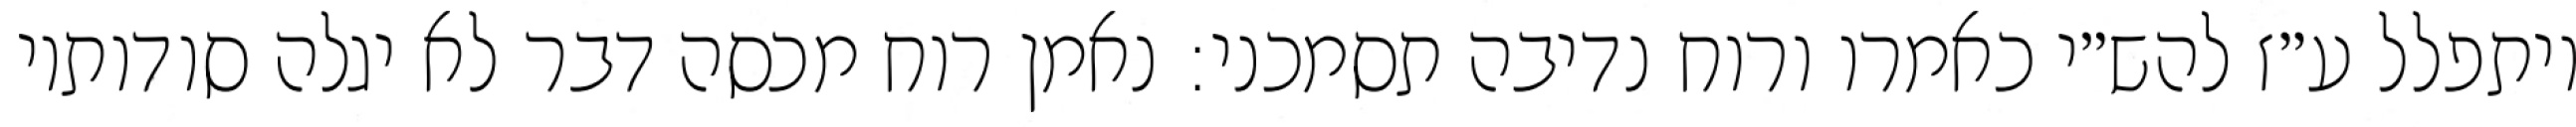
ויתפלל ע״ז להש״י כאמרו ורוח נדיבה תסמכני: נאמן רוח מכסה דבר לא יגלה סודותיו